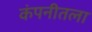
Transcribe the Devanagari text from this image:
कंपनीतला